Vaccination in Burma 1920-1933 - 1920-1933
Year: 1920
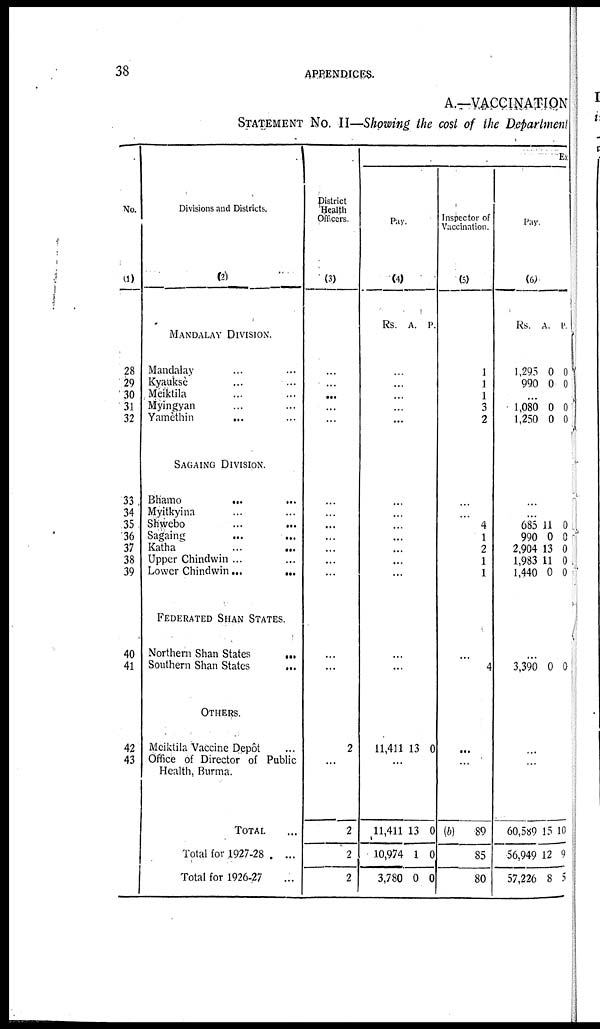
38
APPENDICES.
A.—VACCINATION
STATEMENT No. II—Showing the cost of the Department
No.
(1)
28
29
30
31
32
33
34
35
36
37
38
39
40
41
42
43
Divisions and Districts.
(2)
MANDALAY DIVISION.
Mandalay ... ...
Kyauksè ... ...
Mèiktila ... ...
Myingyan ... ...
Yamèthin
... ...
SAGAING DIVISION.
Bhamo
... ...
Myitkyina ... ...
Shwebo ... ...
Sagaing ... ...
Katha ... ...
Upper Chindwin ...
Lower Chindwin...
FEDERATED SHAN STATES.
Northern Shan States
...
Southern Shan States ...
OTHERS.
Meiktila Vaccine Depôt ...
Office of Director of Public
Health, Burma.
TOTAL ...
Total for 1927-28
...
Total for 1926-27 ...
District
Health
Officers.
(3)
...
...
...
...
...
...
...
...
...
...
...
...
...
...
2
...
2
2
2
Ex
Pay.
(4)
Rs. A. P.
...
...
...
...
...
...
...
...
...
...
...
...
...
...
11,411 13 0
11,411
10,974
3,780
13
1
0
0
0
0
Inspector of
Vaccination.
(5)
1
1
1
3
2
...
...
4
1
2
1
1
...
4
...
...
(b)
89
85
80
Pay.
(6)
Rs. A. P.
1,295
990
0
0
0
0
...
1,080
1,250
0
0
0
0
...
...
685
990
2,904
1,983
1,440
11
0
13
11
0
0
0
0
0
0
...
3,390 0 0
...
...
60,589
56,949
57,226
15
12
8
10
9
5